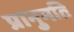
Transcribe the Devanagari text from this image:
प्रानुमति